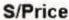
S/PRICE